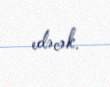
edəcək.